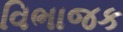
વિભાજક